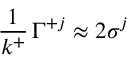
{ \frac { 1 } { k ^ { + } } } \, \Gamma ^ { + j } \approx 2 \sigma ^ { j }